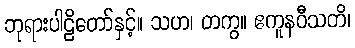
ဘုရားပါဠိတော်နှင့်။ သဟ၊ တကွ။ ဧကူနဝီသတိ၊